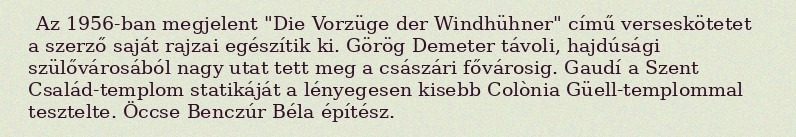
Az 1956-ban megjelent "Die Vorzüge der Windhühner" című verseskötetet a szerző saját rajzai egészítik ki. Görög Demeter távoli, hajdúsági szülővárosából nagy utat tett meg a császári fővárosig. Gaudí a Szent Család-templom statikáját a lényegesen kisebb Colònia Güell-templommal tesztelte. Öccse Benczúr Béla építész.